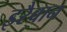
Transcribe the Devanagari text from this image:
इरैवान